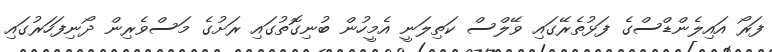
ފަރޯ އައިލެންޑްސްގެ ފަޅުތެރޭގައި ވޭލްސް ކަތިލަނީ އެމީހުން ބުނިގޮތުގައި ރަށުގެ މަސްވެރިން ދޯނިފަހަރުގައި